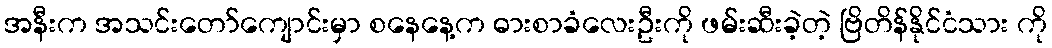
အနီးက အသင်းတော်ကျောင်းမှာ စနေနေ့က ဓားစာခံလေးဦးကို ဖမ်းဆီးခဲ့တဲ့ ဗြိတိန်နိုင်ငံသား ကို